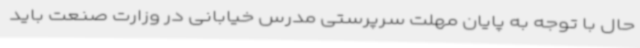
حال با توجه به پایان مهلت سرپرستی مدرس خیابانی در وزارت صنعت باید